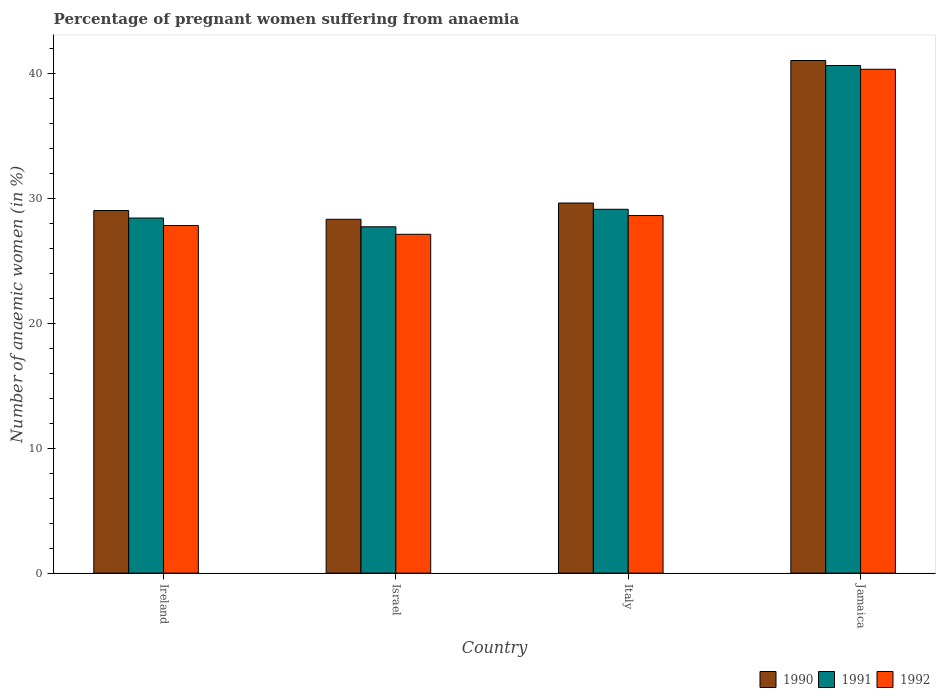
| Country | 1990 | 1991 | 1992 |
 | --- | --- | --- | --- |
 | Ireland | 29 | 28.4 | 27.8 |
 | Israel | 28.3 | 27.7 | 27.1 |
 | Italy | 29.6 | 29.1 | 28.6 |
 | Jamaica | 41 | 40.6 | 40.3 |